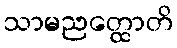
သာမညတ္ထောတိ